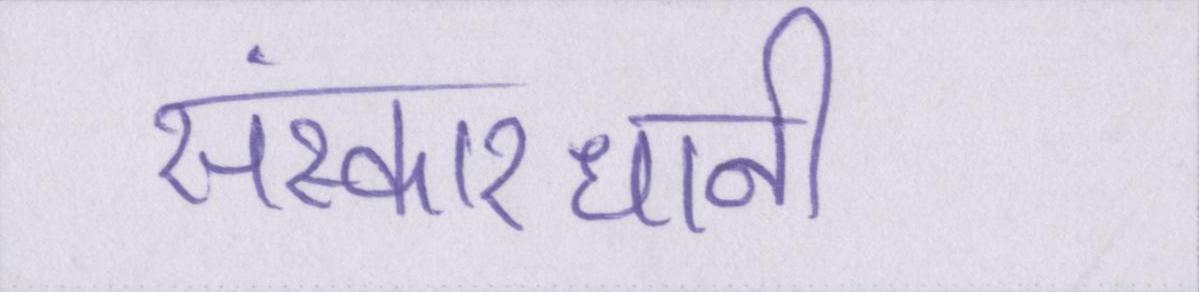
संस्कारधानी